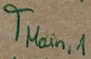
Text: TMain,1